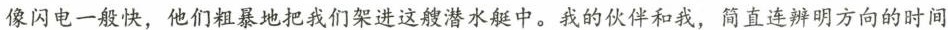
像闪电一般快，他们粗暴地把我们架进这艘潜水艇中。我的伙伴和我，简直连辨明方向的时间